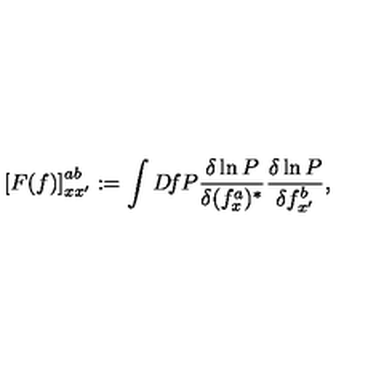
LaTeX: \left[ F ( f ) \right] _ { x x ^ { \prime } } ^ { a b } : = \int D \! f P \frac { \delta \ln P } { \delta ( f _ { x } ^ { a } ) ^ { * } } \frac { \delta \ln P } { \delta f _ { x ^ { \prime } } ^ { b } } ,